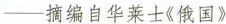
—摘编自华莱士《俄国》